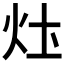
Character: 𤆧